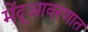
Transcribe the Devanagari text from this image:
मेंदूआवरणात